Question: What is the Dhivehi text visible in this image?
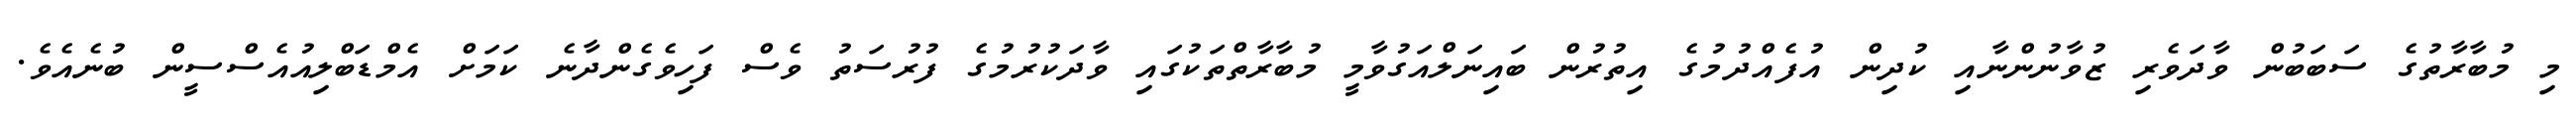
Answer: މި މުބާރާތުގެ ސަބަބުން ވާދަވެރި ޒުވާނުންނާއި ކުދިން އުފެއްދުމުގެ އިތުރުން ބައިނަލްއަގުވާމީ މުބާރާތްތަކުގައި ވާދަކުރުމުގެ ފުރުސަތު ވެސް ފަހިވެގެންދާނެ ކަމަށް އެމްޑަބްލިއުއެސްސީން ބުނެއެވެ.